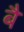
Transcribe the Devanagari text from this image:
बैं